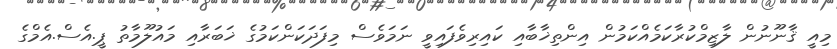
މިއީ ޤާނޫނުން ލާޒިމްކުރާކަމެއްކަމުން އިންތިޚާބާއި ކައިރިވެފައިވީ ނަމަވެސް މިފަދަކަންކަމުގެ ޚަބަރާއި މައުލޫމާތު ޕީ.އެސް.އެމްގެ